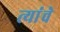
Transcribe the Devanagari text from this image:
त्यांंचेे